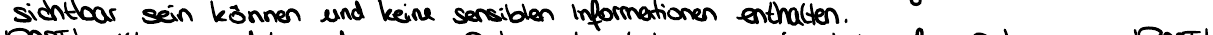
sichtbar sein können und keine sensiblen Informationen enthalten.